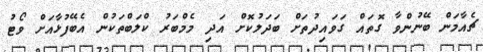
ޗެއާމަން ބޭނުންވާ ގޮތައް ގަވައިދުތަށް ބަދަލުކޮށް އަދި މެމްބަރު ކްލަބްތަކުން އެބޭފުޅާއަށް ވޯޓު